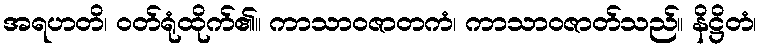
အရဟတိ၊ ဝတ်ရုံထိုက်၏။ ကာသာဝဇာတကံ၊ ကာသာဝဇာတ်သည်။ နိဋ္ဌိတံ၊